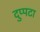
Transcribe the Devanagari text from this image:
दुप्पटा